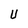
Character: U